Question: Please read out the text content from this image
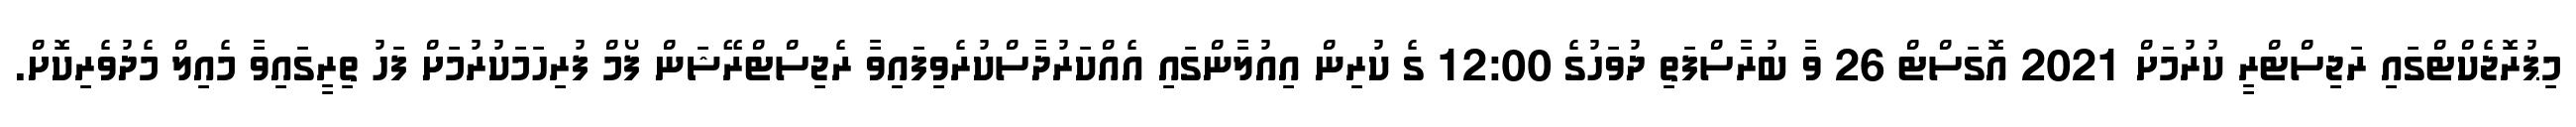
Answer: މިޕުރޮޖެކްޓްގައި ރަޖިސްޓްރީ ކުރުމަށް 2021 އޮގަސްޓް 26 ވާ ބުރާސްފަތި ދުވަހުގެ 12:00 ގެ ކުރިން އިއުލާންގައި އެއްކަރުދާސްކުރެވިފައިވާ ރެޖިސްޓްރޭޝަން ފޯމް ފުރިހަމަކުރުމަށް ފަހު ތިރީގައިވާ މެއިލް މެދުވެރިކޮށް.